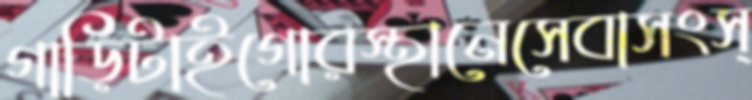
গাড়িটাইগোরস্থানেসেবাসংস্